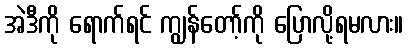
အဲဒီကို ရောက်ရင် ကျွန်တော့်ကို ပြောလို့ရမလား။